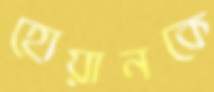
হোয়ানকে